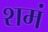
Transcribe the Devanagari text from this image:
शमं